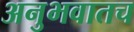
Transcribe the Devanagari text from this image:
अनुभवातच